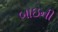
બાઇની